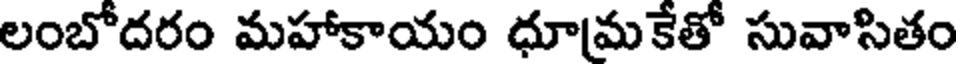
లంబోదరం మహాకాయం ధూమకేతో సువాసితం